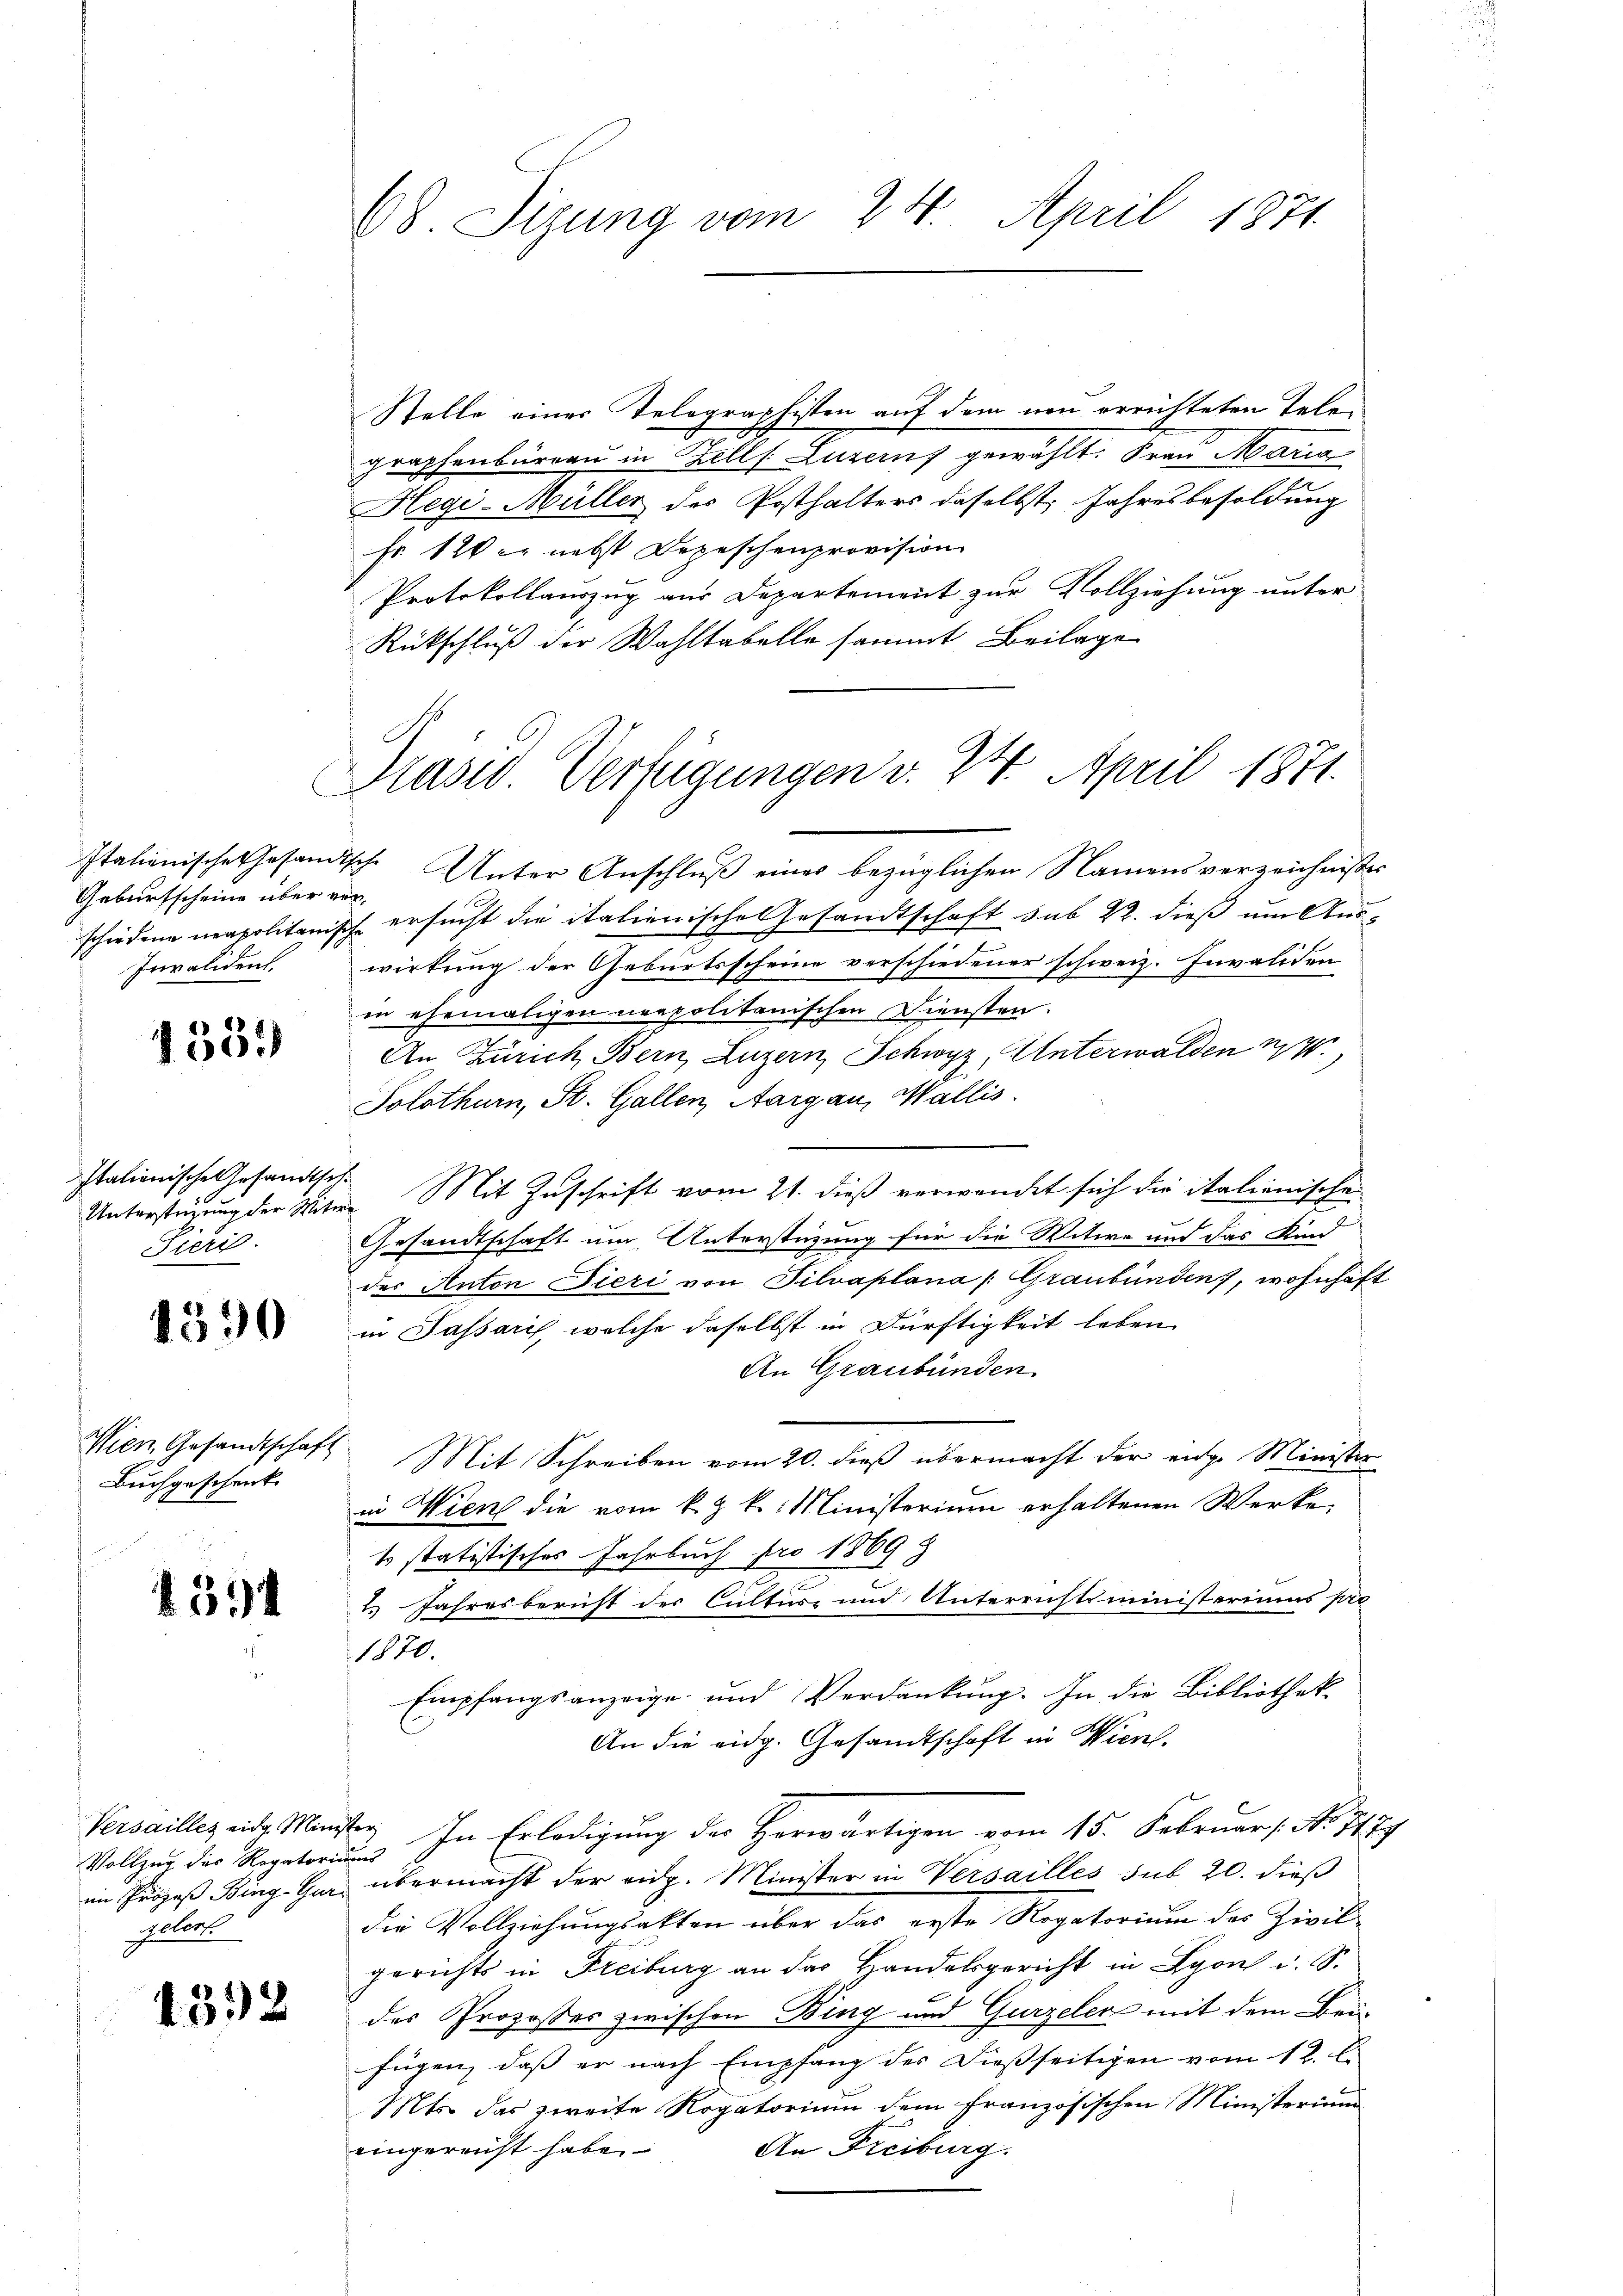
Geburtscheine über vor¬
Invalident.

1559

Italionische Gesandtsch
Pieri

4390

Wien Gesandtschaft
Buchgeschenk

4394

Vollzug des Rogatoriums
im Propos Bing-Gur-
ggelert

4392

68 Tigung vom 24. April 1871

Prasw. Verfügungen v. 24. April 1871.

Stelle einer Telegraphisten auf dem neu errichteten Telegraphenbureau in Zell. Luzerny gewählt. Frau Maria
Hegi-Müller des Posthalters daselbst. Jahresbesoldung
Fr. 120 er nebst Depeschenprovision
Protokollauszug aus Departement zur Vollziehung unter
Rückschluß der Wahltabelle sammt Beilage
Italienische Gesandtsche Unter Anschluß eines bezüglichen Namensverzeichnißes
schiedene neapolitanische ersucht die italienische Gesandtschaft sub 22. dieß um Aus¬
2
wirkung der Geburtsscheine verschiedener schweiz. Invaliden
in ehemaligen neapolitanischen Diensten.
An Zürich, Bern, Luzern, Schwyz, Unterwalden 17
Solothurn, St. Gallen, Aargau, Wallis.
Unterstüzung der Witwe. Mit Zuschrift vom 21. dieß verwendet sich die italienischen
Gesandtschaft um Unterstüzung für die Witwe und das Kind
der Anton Dieri von Silvaplana (Graubünden, wohnhaft
in Passaris, welche daselbst in Dürftigkeit leben
An Graubünden
Mit Schreiben vom 20. dieß übermacht der eidge Minister
in Wien die vom k. k. Ministerium erhaltenen Werke
t statistisches Jahrbuch pro 1869
2 Jahresbericht der Cultus- und Unterrichtsministeriums pie
1870.
Empfangsanzeige und Verdankung. In die Bibliothek-
An die eidg. Gesandtschaft in Wien.
Versailles eidg. Minister, In Erledigung des Herwärtigen vom 15. Februar (: No 117
übermacht der eidg. Minister in Versailles sub 20. dieß
die Vollziehungsakten über das erste Rogatorium des Zivilgerichts in Freiburg an das Handelsgericht in Lyon u. S.
des Proposses zwischen Bing und Gurzeler mit dem Bei-
fügen, daß er nach Empfang der dießseitigen vom 12. l.
Mts. das zweite Rogatorium dem französischen Ministerium
eingereicht habe.
An Freiburg.